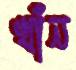
খাঁন